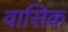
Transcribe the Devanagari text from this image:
वासिक